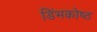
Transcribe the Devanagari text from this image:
डिंभकोष्ठ